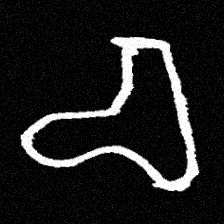
Pyu character \u2014 Myanmar letter: စ (romanized: ca)